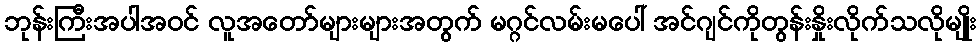
ဘုန်းကြီးအပါအဝင် လူအတော်များများအတွက် မဂ္ဂင်လမ်းမပေါ် အင်ဂျင်ကိုတွန်းနှိုးလိုက်သလိုမျိုး